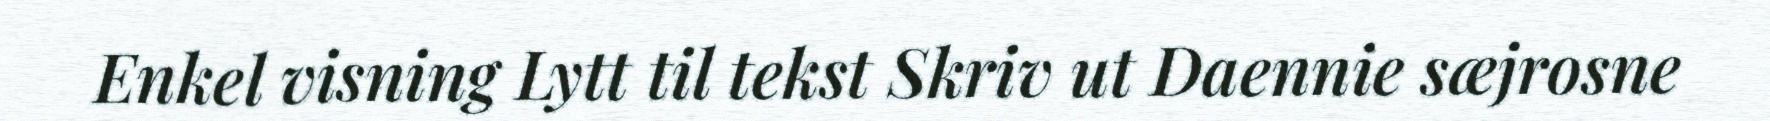
Enkel visning Lytt til tekst Skriv ut Daennie sæjrosne